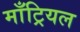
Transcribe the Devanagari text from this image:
माँट्रियल